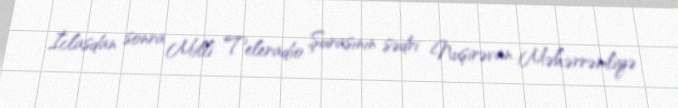
İclasdan sonra Milli Teleradio Şurasının sədri Nuşirəvan Məhərrəmliyə